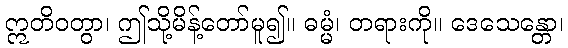
ဣတိဝတွာ၊ ဤသို့မိန့်တော်မူ၍။ ဓမ္မံ၊ တရားကို။ ဒေသေန္တော၊